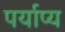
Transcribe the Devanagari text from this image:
पर्याप्य